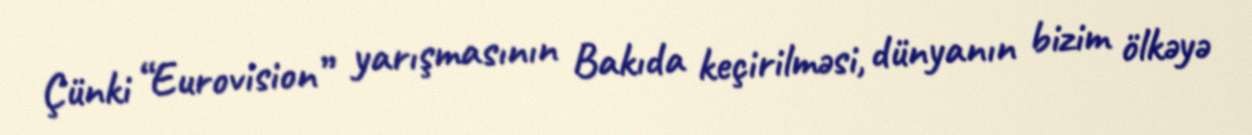
Çünki “Eurovision” yarışmasının Bakıda keçirilməsi, dünyanın bizim ölkəyə